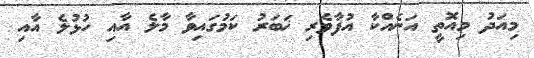
މިއަދު މިއޮތީ އަނެއްކާ އުފާވެރި ޚަބަރު ކަމުގައިވާ މާލެ އާއި ހުޅުލެ އާއި